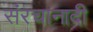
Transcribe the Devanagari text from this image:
संरचानादी